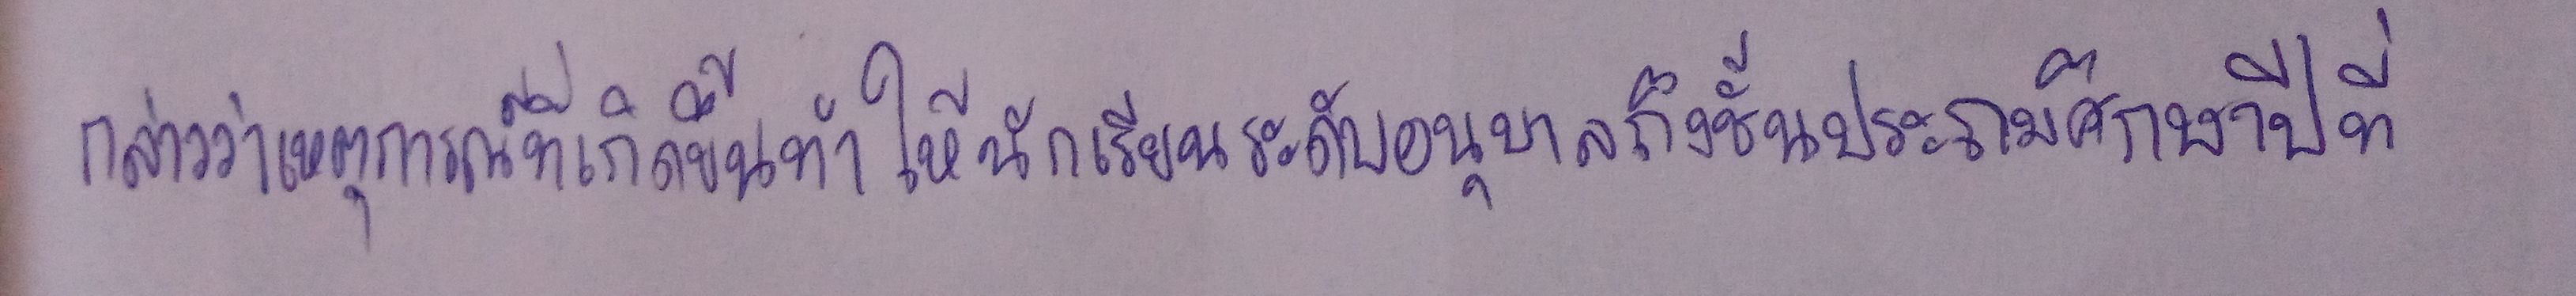
กล่าวว่าเหตุการณ์ที่เกิดขึ้นทำให้นักเรียนระดับอนุบาลถึงชั้นประถมศึกษาปีที่